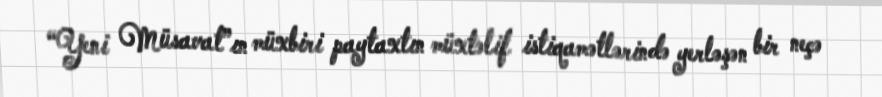
“Yeni Müsavat”ın müxbiri paytaxtın müxtəlif istiqamətlərində yerləşən bir neçə